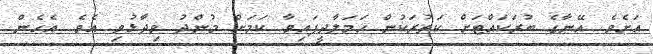
އަށެވެ. އޭނާގެ ބުރަކައްޓަށް ކަތުރަކުން ހަމަލާދީފައިވާ ކަމަށް މުންދު ވިދާޅުވި އެވެ. އެހެން